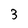
Character: 3